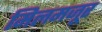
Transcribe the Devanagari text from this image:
मिलमजूर